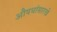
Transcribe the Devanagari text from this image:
औषधांसारखे